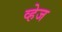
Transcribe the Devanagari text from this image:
व्हेज